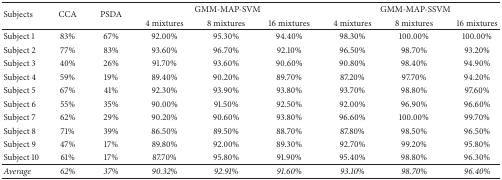
<table><thead><tr><td rowspan="2"><b>Subjects</b></td><td rowspan="2"><b>CCA</b></td><td rowspan="2"><b>PSDA</b></td><td colspan="3"><b>GMM-MAP-SVM</b></td><td colspan="3"><b>GMM-MAP-SSVM</b></td></tr><tr><td><b>4 mixtures</b></td><td><b>8 mixtures</b></td><td><b>16 mixtures</b></td><td><b>4 mixtures</b></td><td><b>8 mixtures</b></td><td><b>16 mixtures</b></td></tr></thead><tbody><tr><td>Subject 1</td><td>83%</td><td>67%</td><td>92.00%</td><td>95.30%</td><td>94.40%</td><td>98.30%</td><td>100.00%</td><td>100.00%</td></tr><tr><td>Subject 2</td><td>77%</td><td>83%</td><td>93.60%</td><td>96.70%</td><td>92.10%</td><td>96.50%</td><td>98.70%</td><td>93.20%</td></tr><tr><td>Subject 3</td><td>40%</td><td>26%</td><td>91.70%</td><td>93.60%</td><td>90.60%</td><td>90.80%</td><td>98.40%</td><td>94.90%</td></tr><tr><td>Subject 4</td><td>59%</td><td>19%</td><td>89.40%</td><td>90.20%</td><td>89.70%</td><td>87.20%</td><td>97.70%</td><td>94.20%</td></tr><tr><td>Subject 5</td><td>67%</td><td>41%</td><td>92.30%</td><td>93.90%</td><td>93.80%</td><td>93.70%</td><td>98.80%</td><td>97.60%</td></tr><tr><td>Subject 6</td><td>55%</td><td>35%</td><td>90.00%</td><td>91.50%</td><td>92.50%</td><td>92.00%</td><td>96.90%</td><td>96.60%</td></tr><tr><td>Subject 7</td><td>62%</td><td>29%</td><td>90.20%</td><td>90.60%</td><td>93.80%</td><td>96.60%</td><td>100.00%</td><td>99.70%</td></tr><tr><td>Subject 8</td><td>71%</td><td>39%</td><td>86.50%</td><td>89.50%</td><td>88.70%</td><td>87.80%</td><td>98.50%</td><td>96.50%</td></tr><tr><td>Subject 9</td><td>47%</td><td>17%</td><td>89.80%</td><td>92.00%</td><td>89.30%</td><td>92.70%</td><td>99.20%</td><td>95.80%</td></tr><tr><td>Subject 10</td><td>61%</td><td>17%</td><td>87.70%</td><td>95.80%</td><td>91.90%</td><td>95.40%</td><td>98.80%</td><td>96.30%</td></tr><tr><td><i>Average </i></td><td><i>62%</i></td><td><i>37%</i></td><td><i>90.32%</i></td><td><i>92.91%</i></td><td><i>91.60%</i></td><td><i>93.10%</i></td><td><i>98.70%</i></td><td><i>96.40%</i></td></tr></tbody></table>